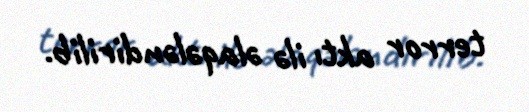
terror aktı ilə əlaqələndirilib.